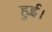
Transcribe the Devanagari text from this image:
हुई़़।